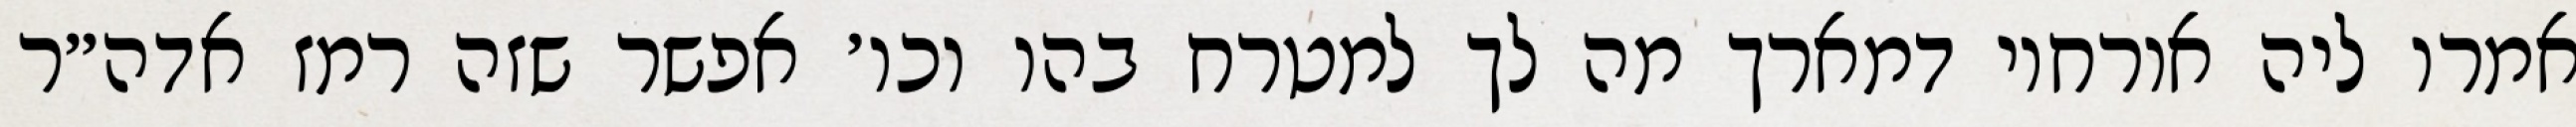
אמרו ליה אורחוי דמארך מה לך למטרח בהו וכו׳ אפשר שזה רמז אדה״ר